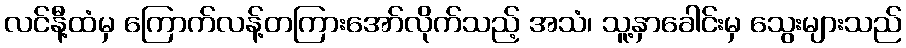
လင်နီ့ထံမှ ကြောက်လန့်တကြားအော်လိုက်သည့် အသံ၊ သူ့နှာခေါင်းမှ သွေးများသည်